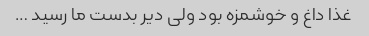
غذا داغ و‌ خوشمزه بود ولی دیر بدست ما رسید …